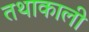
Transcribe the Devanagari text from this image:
तथाकाली